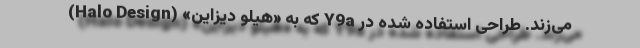
می‌زند. طراحی استفاده شده در Y9a که به «هیلو دیزاین» (Halo Design)